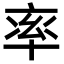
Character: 率